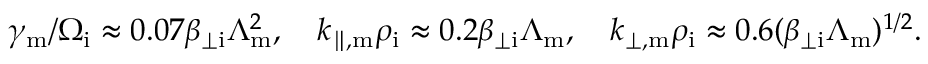
\gamma _ { \mathrm { m } } / \Omega _ { \mathrm { i } } \approx 0 . 0 7 \beta _ { \perp \mathrm { i } } \Lambda _ { \mathrm { m } } ^ { 2 } , \quad k _ { \parallel , \mathrm { m } } \rho _ { \mathrm { i } } \approx 0 . 2 \beta _ { \perp \mathrm { i } } \Lambda _ { \mathrm { m } } , \quad k _ { \perp , \mathrm { m } } \rho _ { \mathrm { i } } \approx 0 . 6 ( \beta _ { \perp \mathrm { i } } \Lambda _ { \mathrm { m } } ) ^ { 1 / 2 } .